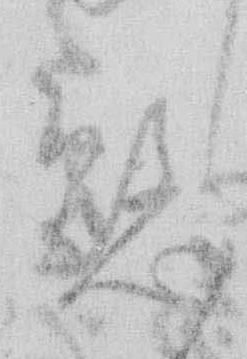
懸